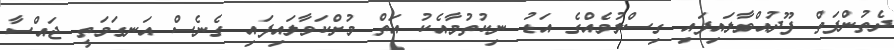
ދެތުންފަތް ފޫދުއްވާލައިފައި ގިސްލުމެއްގެ އަޑު ނިކުތުމާއެކު އަތް މުށްކަވާލައިފައި ގެނެސް އަނގަމަތީ ޖައްސާ